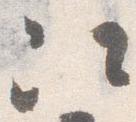
次